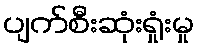
ပျက်စီးဆုံးရှုံးမှု